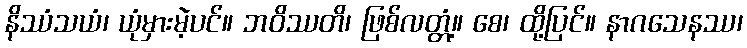
နိဿံသယံ၊ ယုံမှားမဲ့ပင်။ ဘဝိဿတိ၊ ဖြစ်လတ္တံ့။ စေ၊ ထို့ပြင်။ နာဂသေနဿ၊